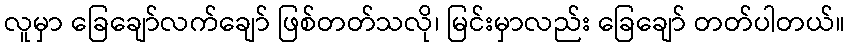
လူမှာ ခြေချော်လက်ချော် ဖြစ်တတ်သလို၊ မြင်းမှာလည်း ခြေချော် တတ်ပါတယ်။